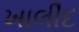
ખાલીદ